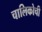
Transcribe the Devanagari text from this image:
चालिकोची